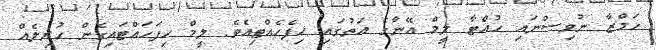
ހަމްޒާ ނުވިސްނައި ހުއްޓާ ލީމް އޭނާގެ އަތުގަައި ހިފެހެއްޓިއެވެ. ލީމް ހިފަހައްޓައިގެން ހުރިލެއް